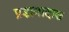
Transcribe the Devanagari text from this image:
प्रज्ञावादास